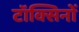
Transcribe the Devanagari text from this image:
टॉक्सिनों